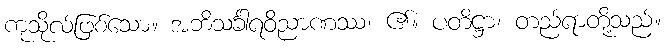
ကုသိုလ်ဖြစ်သော။ အဘိသင်္ခါရဝိညာဏဿ၊ ၏။ ပတိဋ္ဌာ၊ တည်ရာတို့သည်။